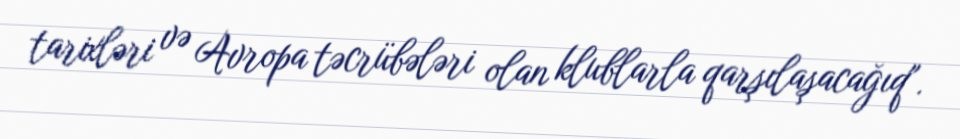
tarixləri və Avropa təcrübələri olan klublarla qarşılaşacağıq".